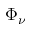
\Phi _ { \nu }